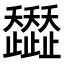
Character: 𧾭